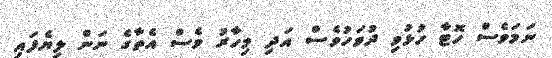
ނަމަވެސް ހޮޓާ ހުޅުވި ދުވަހުވެސް އަދި މިހާރު ވެސް އެތާގެ ނަން ލިޔެފައި